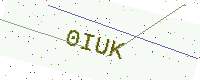
Text: 0IUK